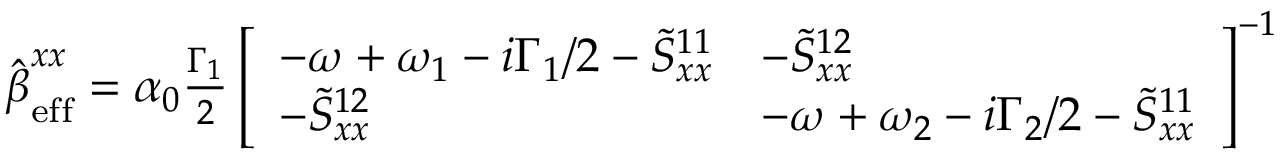
\begin{array} { r } { \hat { \boldsymbol { \beta } } _ { \mathrm { e f f } } ^ { x x } = \alpha _ { 0 } \frac { \Gamma _ { 1 } } { 2 } \left[ \begin{array} { l l } { - \omega + \omega _ { 1 } - i \Gamma _ { 1 } / 2 - \tilde { S } _ { x x } ^ { 1 1 } } & { - \tilde { S } _ { x x } ^ { 1 2 } } \\ { - \tilde { S } _ { x x } ^ { 1 2 } } & { - \omega + \omega _ { 2 } - i \Gamma _ { 2 } / 2 - \tilde { S } _ { x x } ^ { 1 1 } } \end{array} \right] ^ { - 1 } } \end{array}